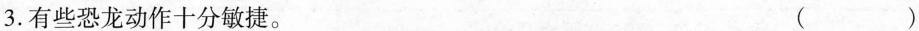
3.有些恐龙动作十分敏捷。 ( )